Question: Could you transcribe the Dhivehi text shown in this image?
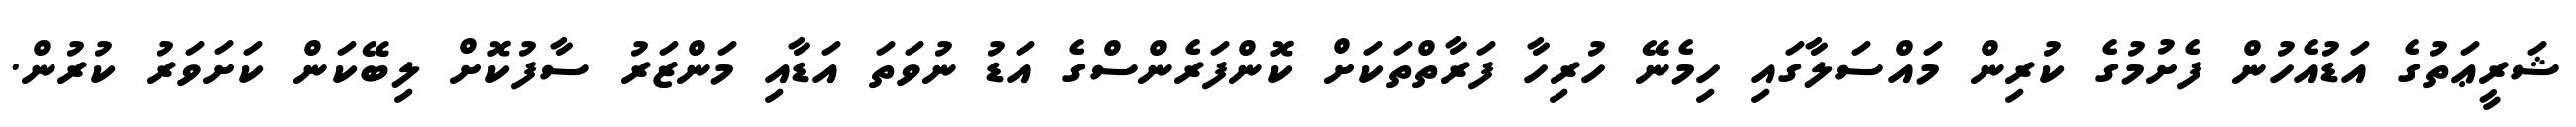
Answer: ޝަރީޢަތުގެ އަޑުއެހުން ފެށުމުގެ ކުރިން މައްސަލާގައި ހިމެނޭ ހުރިހާ ފަރާތްތަކަށް ކޮންފަރެންސްގެ އަޑު ނުވަތަ އަޑާއި މަންޒަރު ސާފުކޮށް ލިބޭކަން ކަށަވަރު ކުރުން.